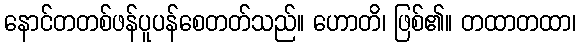
နောင်တတစ်ဖန်ပူပန်စေတတ်သည်။ ဟောတိ၊ ဖြစ်၏။ တထာတထာ၊